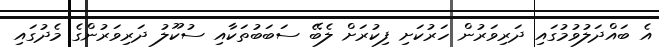
އެ ބައްދަލުވުމުގައި ދަރިވަރުން ހަރުކަށި ފިކުރަށް ލެބޭ ސަބަބުތަކާއި ސުކޫލު ދަރިވަރުންގެ މެދުގައި